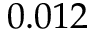
0 . 0 1 2